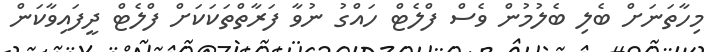
މިހާތަނަށް ބެލި ބެލުމުން ވެސް ފްލެޓް ހައްގު ނުވާ ފަރާތްތަކަކަށް ފްލެޓް ދީފައިވާކަން